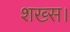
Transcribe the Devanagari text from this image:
शख्स।